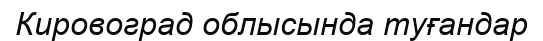
Кировоград облысында туғандар